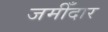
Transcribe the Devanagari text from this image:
जमीँदार